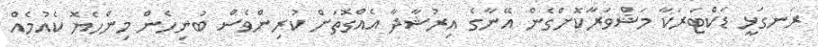
ރަނގަޅީ ޑަކްޓަރަކާ މަޝްވަރާކޮށްގެން އޭނާގެ އިރުޝާދާ އެއްގޮތަށް ކުރިންވެސް ބުނިހެން މިންހެޔޮ ކެއުމެއް